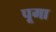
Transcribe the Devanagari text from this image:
पूगा